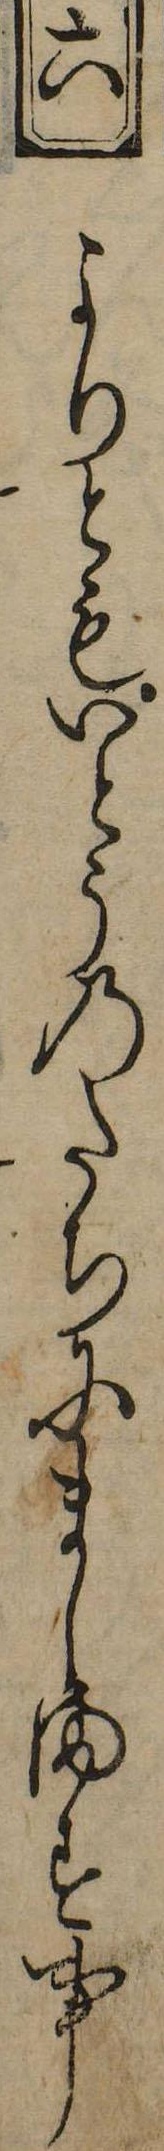
六よりともいとうのたちにまします事